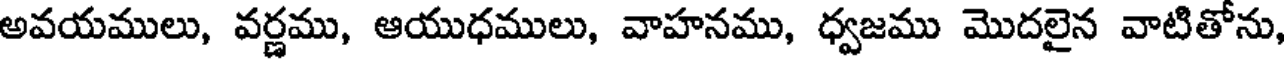
అవయములు, వర్ణము, ఆయుధములు, వాహనము, ధ్వజము మొదలైన వాటితోను,